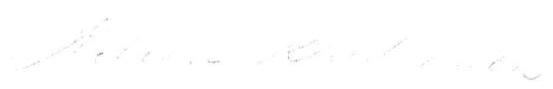
?